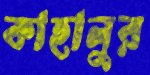
কাহালুর